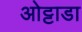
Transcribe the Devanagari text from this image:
ओट्टाडा